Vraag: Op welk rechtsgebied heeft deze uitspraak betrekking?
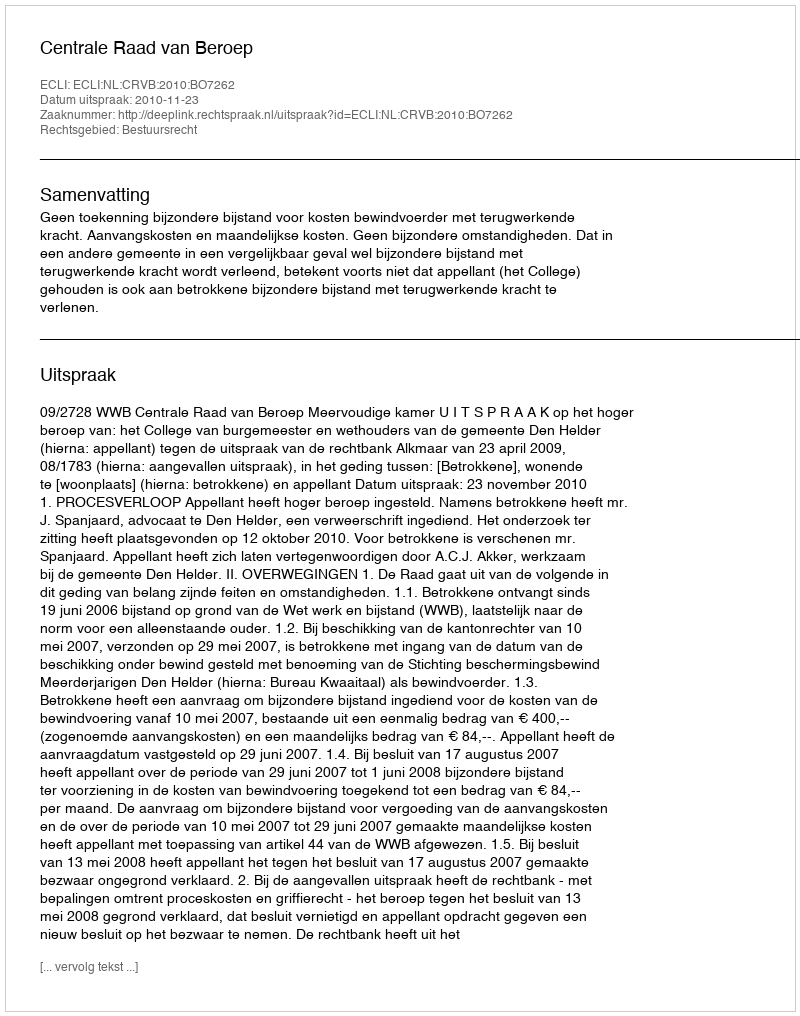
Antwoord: Bestuursrecht